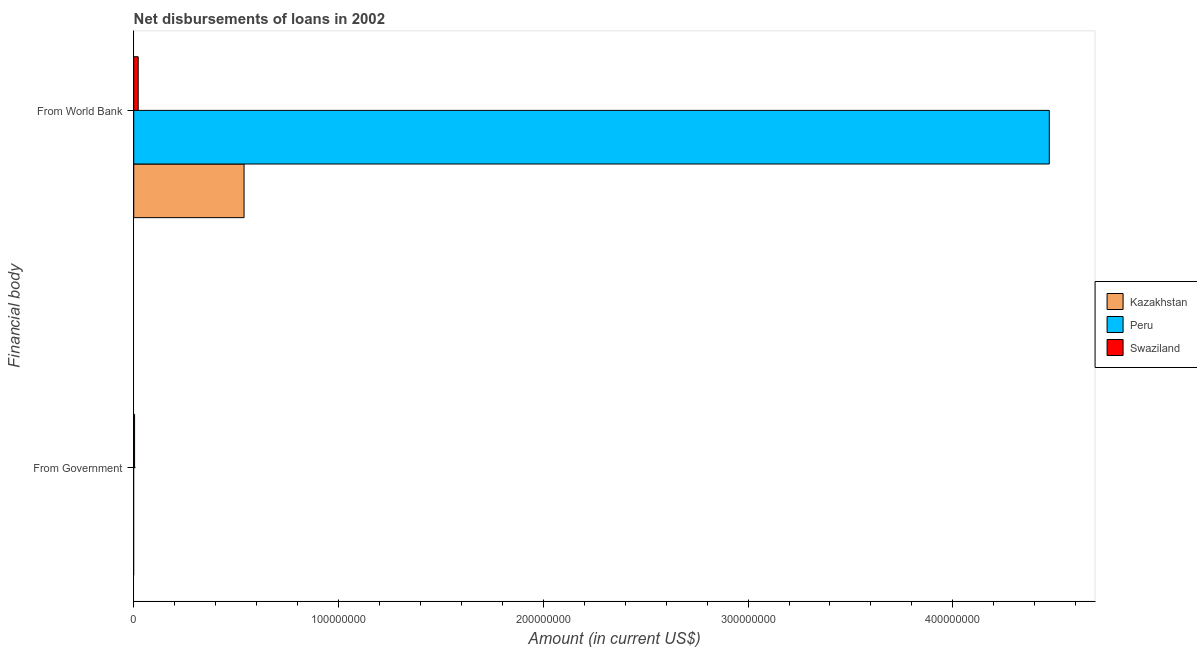
| Financial body | Kazakhstan | Peru | Swaziland |
 | --- | --- | --- | --- |
 | From Government | -4.08e+07 | -1.9e+08 | 4.11e+05 |
 | From World Bank | 5.39e+07 | 4.47e+08 | 2.17e+06 |